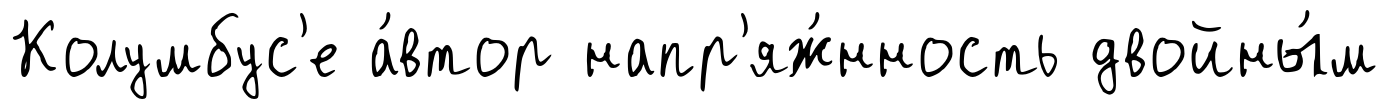
Колумбус'е а́втор напр'яж́нность двойны́м